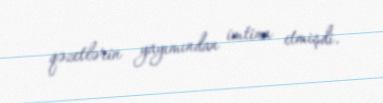
qəzetlərin yayımından imtina etmişdi.